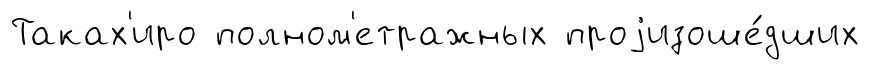
Таках'иро полном'етражных проjизоше́дших